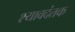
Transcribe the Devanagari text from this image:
श्यावदंतक